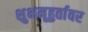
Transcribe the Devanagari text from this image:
शुभमूहुर्तावर